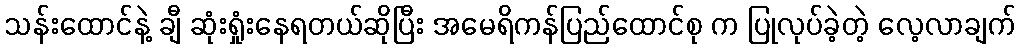
သန်းထောင်နဲ့ ချီ ဆုံးရှုံးနေရတယ်ဆိုပြီး အမေရိကန်ပြည်ထောင်စု က ပြုလုပ်ခဲ့တဲ့ လေ့လာချက်